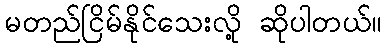
မတည်ငြိမ်နိုင်သေးလို့ ဆိုပါတယ်။